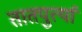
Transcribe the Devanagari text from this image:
तातपुर्त्या